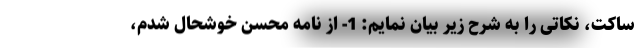
ساکت، نکاتی را به شرح زیر بیان نمایم: 1- از نامه محسن خوشحال شدم،